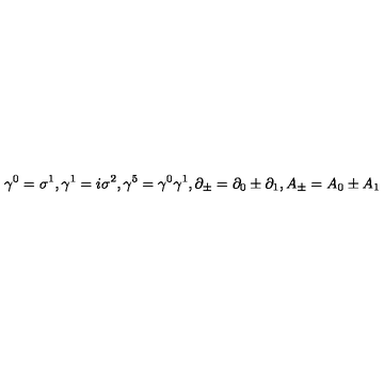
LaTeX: { \gamma } ^ { 0 } = { \sigma } ^ { 1 } , { \gamma } ^ { 1 } = i { \sigma } ^ { 2 } , { \gamma } ^ { 5 } = { \gamma } ^ { 0 } { \gamma } ^ { 1 } , \partial _ { \pm } = \partial _ { 0 } \pm \partial _ { 1 } , A _ { \pm } = A _ { 0 } \pm A _ { 1 }